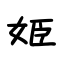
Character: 姬